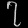
Digit: ၇